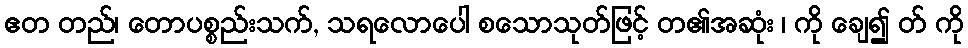
ဧတ တည်၊ တောပစ္စည်းသက်, သရလောပေါ စသောသုတ်ဖြင့် တ၏အဆုံး ၊ ကို ချေ၍ တ် ကို